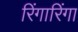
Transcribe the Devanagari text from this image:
रिंगारिंगा